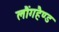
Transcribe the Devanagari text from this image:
लौंगहैण्ड